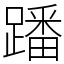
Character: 蹯